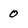
Character: 0